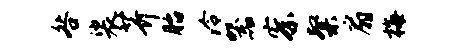
咎裟芥胎泠器察粲扇梅